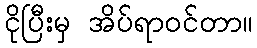
ငိုပြီးမှ အိပ်ရာဝင်တာ။